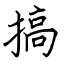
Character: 搞